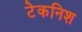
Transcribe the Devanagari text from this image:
टेकनिश